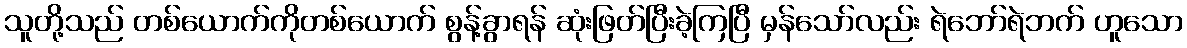
သူတို့သည် တစ်ယောက်ကိုတစ်ယောက် စွန့်ခွာရန် ဆုံးဖြတ်ပြီးခဲ့ကြပြီ မှန်သော်လည်း ရဲဘော်ရဲဘက် ဟူသော